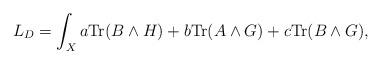
LaTeX: \begin{align*}L_{D}=\int_{X}a{\rm Tr}(B\wedge H)+b{\rm Tr}(A\wedge G)+c{\rm Tr}(B\wedge G),\end{align*}